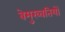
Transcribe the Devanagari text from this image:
बेमुरव्वतियों